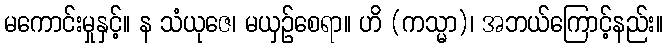
မကောင်းမှုနှင့်။ န သံယုဇေ၊ မယှဉ်စေရာ။ ဟိ (ကသ္မာ)၊ အဘယ်ကြောင့်နည်း။